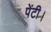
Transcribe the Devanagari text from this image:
पेंटी।